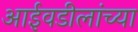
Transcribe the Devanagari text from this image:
आईवडीलांच्या